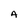
Character: A